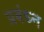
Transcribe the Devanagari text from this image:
प्रबंध्न